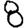
Digit: 8